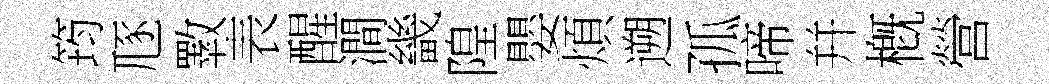
筠豗斁表醒澗畿隍嬰煩遡孤啼幷槪營